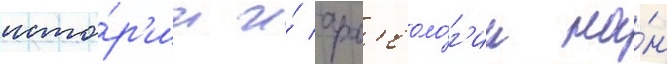
исто́р'ии и́ арх'еоло́г'ии на́н